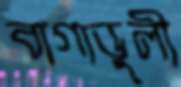
বাগাডুলী